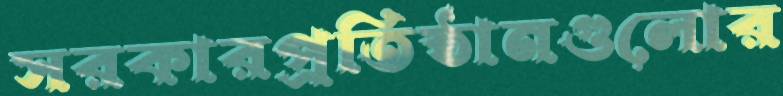
সরকারপ্রতিষ্ঠানগুলোর